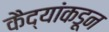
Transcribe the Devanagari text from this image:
कैद्यांकडून